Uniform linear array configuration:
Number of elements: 24
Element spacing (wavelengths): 1
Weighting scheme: hamming
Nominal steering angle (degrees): -15
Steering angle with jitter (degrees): -16.938
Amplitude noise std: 0.05
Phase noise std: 0.05

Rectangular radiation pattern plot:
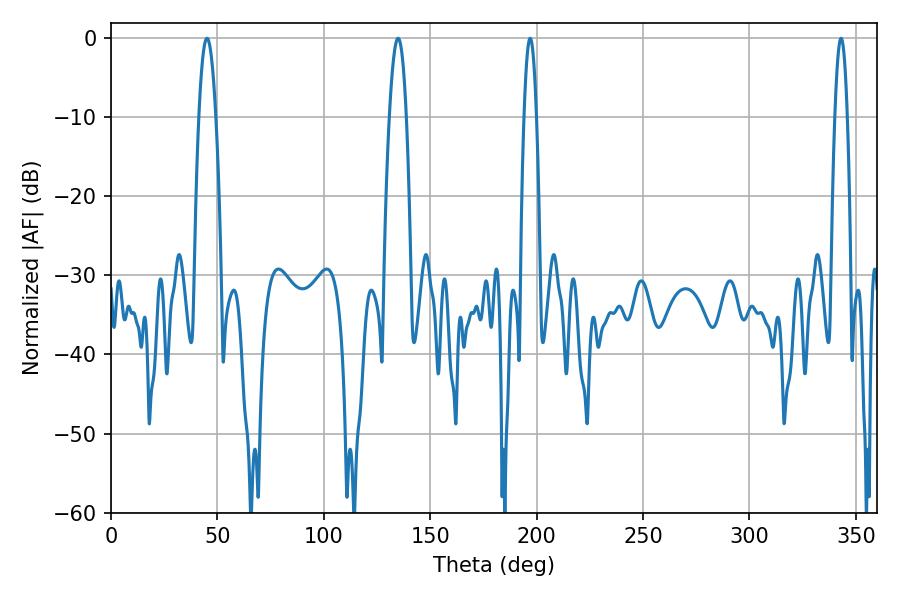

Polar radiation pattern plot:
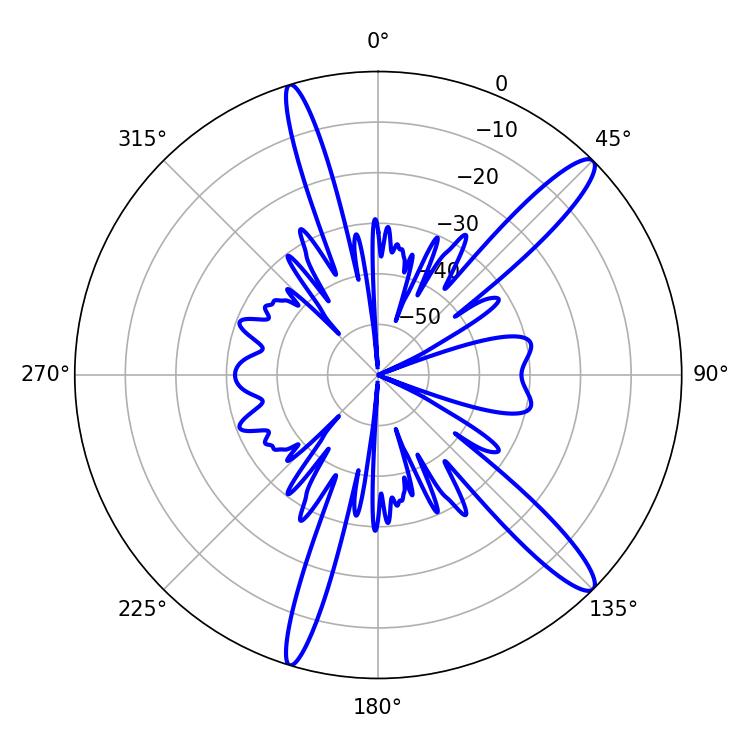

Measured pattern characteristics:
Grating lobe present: TRUE
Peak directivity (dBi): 13.867
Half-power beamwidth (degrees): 3.24
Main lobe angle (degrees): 196.92